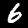
Label: 6